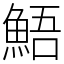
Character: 鯃